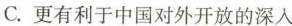
C.更有利于中国对外开放的深入